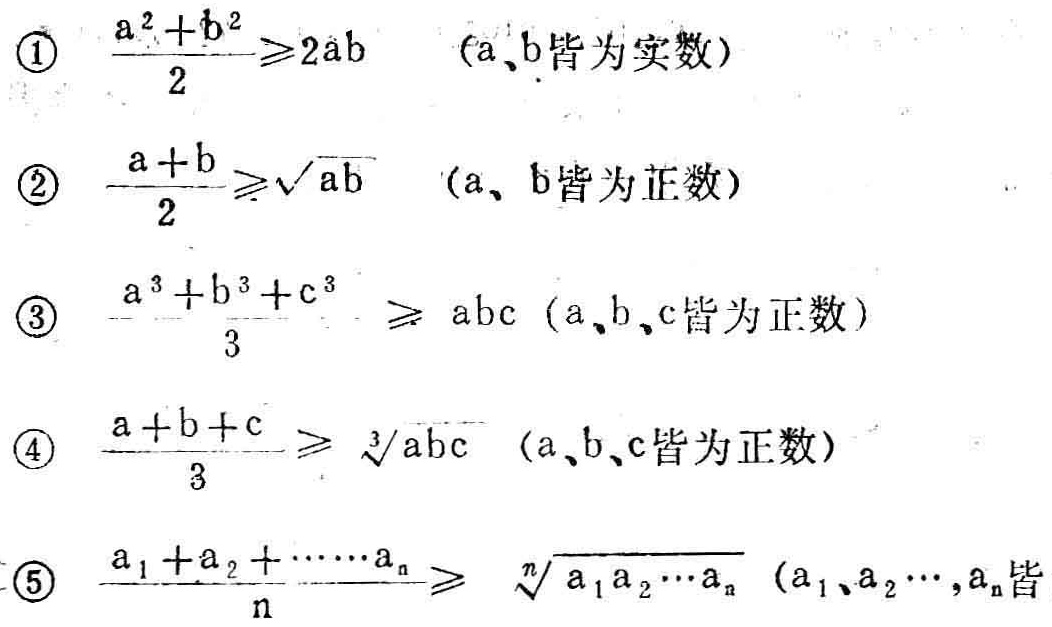
\textcircled{1} $\frac{a^{2}+b^{2}}{2}\geq 2ab\quad(a,b\text{皆为实数})$
\textcircled{2} $\frac{a + b}{2}\geq\sqrt{ab}\quad(a,b\text{皆为正数})$
\textcircled{3} $\frac{a^{3}+b^{3}+c^{3}}{3}\geq abc\quad(a,b,c\text{皆为正数})$
\textcircled{4} $\frac{a + b + c}{3}\geq\sqrt[3]{abc}\quad(a,b,c\text{皆为正数})$
\textcircled{5} $\frac{a_{1}+a_{2}+\cdots + a_{n}}{n}\geq\sqrt[n]{a_{1}a_{2}\cdots a_{n}}\quad(a_{1},a_{2},\cdots,a_{n}\text{皆}$